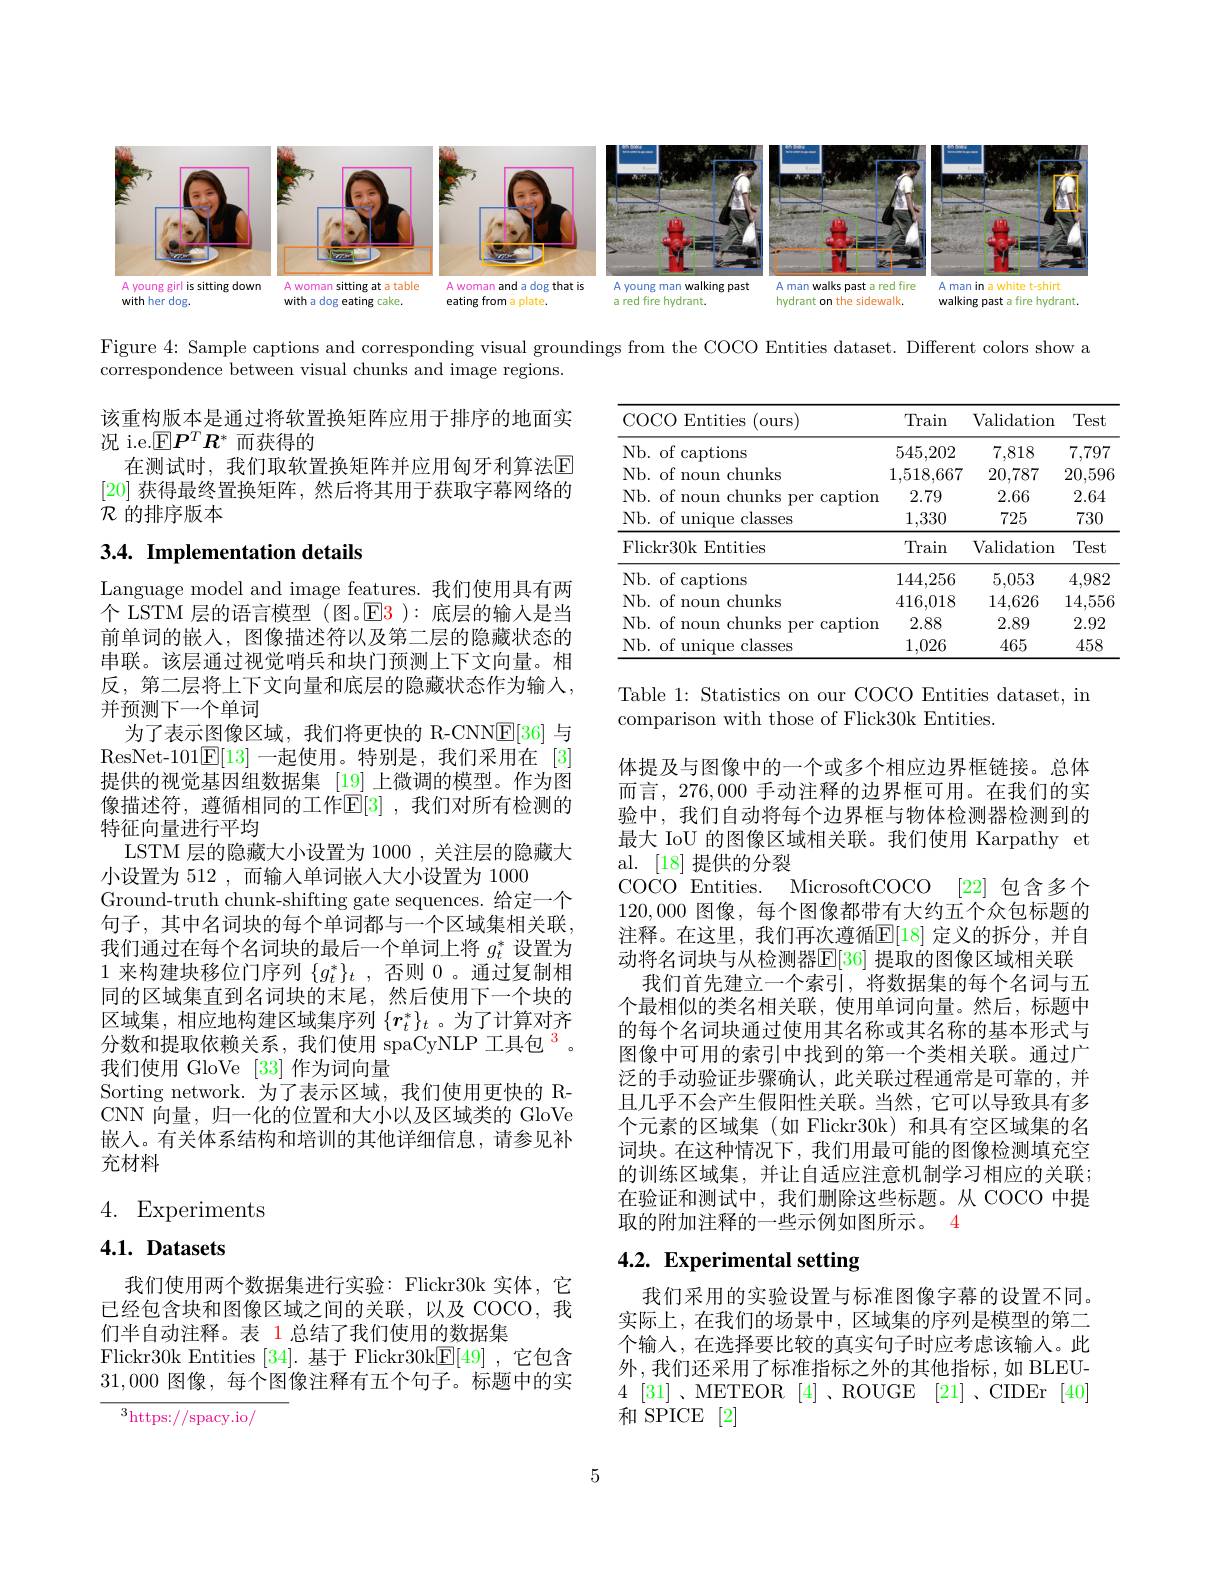
<FigureHere>

Figure 4: Sample captions and corresponding visual groundings from the COCO Entities dataset. Different colors show a
correspondence between visual chunks and image regions.

该重构版本是通过将软置换矩阵应用于排序的地面实
况 i.e.$\mathbb{E}\boldsymbol{P}^T\boldsymbol{R}^*$而获得的
在测试时，我们取软置换矩阵并应用匈牙利算法$\mathbb{E}$ [20]获得最终置换矩阵，然后将其用于获取字幕网络的$\mathcal{R}$的排序版本

<table>
	<tbody>
		<tr>
			<th>COCO 12 Entities (ours)</th>
			<th>Train</th>
			<th>Validation</th>
			<th>Test</th>
		</tr>
		<tr>
			<td>Nb. of captions</td>
			<td>545,202</td>
			<td>7,818</td>
			<td>7,797</td>
		</tr>
		<tr>
			<td>Nb. of noun chunks</td>
			<td>1,518,667</td>
			<td>20,787</td>
			<td>20,596</td>
		</tr>
		<tr>
			<td>Nb. of noun chunks per caption</td>
			<td>2.79</td>
			<td>2.66</td>
			<td>2.64</td>
		</tr>
		<tr>
			<td>Nb. of unique classes</td>
			<td>1,330</td>
			<td>725</td>
			<td>730</td>
		</tr>
		<tr>
			<td>Flickr30k Entities</td>
			<td>Train</td>
			<td>Validation</td>
			<td>Test</td>
		</tr>
		<tr>
			<td>Nb. of captions</td>
			<td>144,256</td>
			<td>5,053</td>
			<td>4,982</td>
		</tr>
		<tr>
			<td>Nb. of noun chunks</td>
			<td>416,018</td>
			<td>14,626</td>
			<td>14,556</td>
		</tr>
		<tr>
			<td>Nb. of noun chunks per caption</td>
			<td>2.88</td>
			<td>2.89</td>
			<td>2.92</td>
		</tr>
		<tr>
			<td>Nb. of unique ${\mathrm{e~classes}}$</td>
			<td>1,026</td>
			<td>465</td>
			<td>458</td>
		</tr>
	</tbody>
</table>

# 3.4. Implementation details

Table 1: Statistics on our COCO Entities dataset, in
comparison with those of Flick30k Entities.

Language model and image features. 我们使用具有两个 LSTM 层的语言模型 (图。$\color{red}{E3}$ ):底层的输入是当前单词的嵌入，图像描述符以及第二层的隐藏状态的串联。该层通过视觉哨兵和块门预测上下文向量。相反，第二层将上下文向量和底层的隐藏状态作为输入， 并预测下一个单词
为了表示图像区域，我们将更快的 R-CNN$\underline{\mathrm{E}}[36]$与ResNet-101$\mathbb{E}[13]$一起使用。特别是，我们采用在 [3] 提供的视觉基因组数据集 [19] 上微调的模型。作为图像描述符，遵循相同的工作$\mathbb{E}[3]$ ,我们对所有检测的特征向量进行平均
LSTM 层的隐藏大小设置为 1000 , 关注层的隐藏大
小设置为 512 ,而输人单词嵌入大小设置为 1000
Ground-truth chunk-shifting gate sequences. 给定一个句子，其中名词块的每个单词都与一个区域集相关联， 我们通过在每个名词块的最后一个单词上将$g_t^*$设置为1来构建块移位门序列$\{g_t^*\}_t$,否则0 。通过复制相同的区域集直到名词块的末尾，然后使用下一个块的区域集，相应地构建区域集序列$\{r_t^*\}_t$ 。为了计算对齐分数和提取依赖关系，我们使用 spaCyNLP 工具包$^{3}$。我们使用 GloVe [33] 作为词向量
Sorting network.为了表示区域，我们使用更快的 RCNN 向量，归一化的位置和大小以及区域类的 GloVe 嵌入。有关体系结构和培训的其他详细信息，请参见补充材料

体提及与图像中的一个或多个相应边界框链接。总体而言，276,000 手动注释的边界框可用。在我们的实验中，我们自动将每个边界框与物体检测器检测到的最大 IoU 的图像区域相关联。我们使用 Karpathy et al. [18]提供的分裂
COCO Entities.
MicrosoftCOCO [22]包含多个
120,000图像，每个图像都带有大约五个众包标题的注释。在这里，我们再次遵循$\mathbb{E}[18]$ 定义的拆分，并自动将名词块与从检测器$\overline{\mathbb{E}}[36]$ 提取的图像区域相关联
我们首先建立一个索引，将数据集的每个名词与五个最相似的类名相关联，使用单词向量。然后，标题中的每个名词块通过使用其名称或其名称的基本形式与图像中可用的索引中找到的第一个类相关联。通过广泛的手动验证步骤确认，此关联过程通常是可靠的，并且几乎不会产生假阳性关联。当然，它可以导致具有多个元素的区域集 (如 Flickr30k) 和具有空区域集的名词块。在这种情况下，我们用最可能的图像检测填充空的训练区域集，并让自适应注意机制学习相应的关联； 在验证和测试中，我们删除这些标题。从 COCO 中提取的附加注释的一些示例如图所示。4

# 4. Experiments

## $4. 1. \textbf{ Datasets}$

# 4.2. Experimental setting

我们使用两个数据集进行实验：Flickr30k 实体，它已经包含块和图像区域之间的关联，以及 COCO,我们半自动注释。表 1 总结了我们使用的数据集
Flickr30k Entities [34]. 基于 Flickr30k$\boxed{\mathrm{F}}[49]$ ,它包含31,000图像，每个图像注释有五个句子。标题中的实

我们采用的实验设置与标准图像字幕的设置不同。实际上，在我们的场景中，区域集的序列是模型的第二个输入，在选择要比较的真实句子时应考虑该输入。此外，我们还采用了标准指标之外的其他指标，如 BLEU- 4 [31]、METEOR [4]、ROUGE [21]、CIDEr [40] 和 SPICE [2]

${{^{3}\mathrm{https://spacy.io/}}}$

5